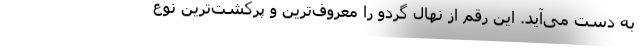
به دست می­‌آید. این رقم از نهال گردو را معروف‌ترین و پرکشت­‌ترین نوع